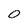
Character: 0